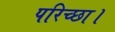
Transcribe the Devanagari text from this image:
परिच्‍छा।